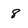
Character: 8